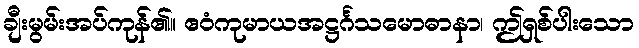
ချီးမွမ်းအပ်ကုန်၏။ ဧဝံကုမာယအဋ္ဌင်္ဂသမောဓာနာ၊ ဤရှစ်ပါးသော